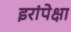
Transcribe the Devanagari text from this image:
इरांपेक्षा